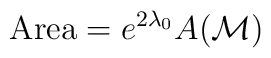
\hbox{Area} = e^{2\lambda_0}A({\cal M})